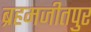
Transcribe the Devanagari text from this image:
ब्रहमजीतपुर